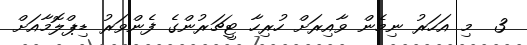
3  މި އަހަރު ނިމެން ވާއިރަށް ހުރިހާ ޓީޗަރުންގެ ފެންވަރު ޑިޕްލޮމާއަށް